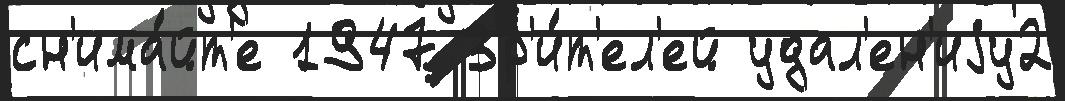
сн'има́йт'е 1947 Зр'и́т'ел'ей удал'ен'иjу2